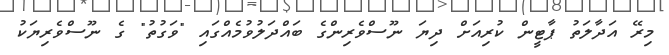
މިރޭ އަދާލަތު ޕާޓީން ކުރިއަށް ދިޔަ ނޫސްވެރިންގެ ބައްދަލުވުމެއްގައި "ވަގުތު" ގެ ނޫސްވެރިޔަކު